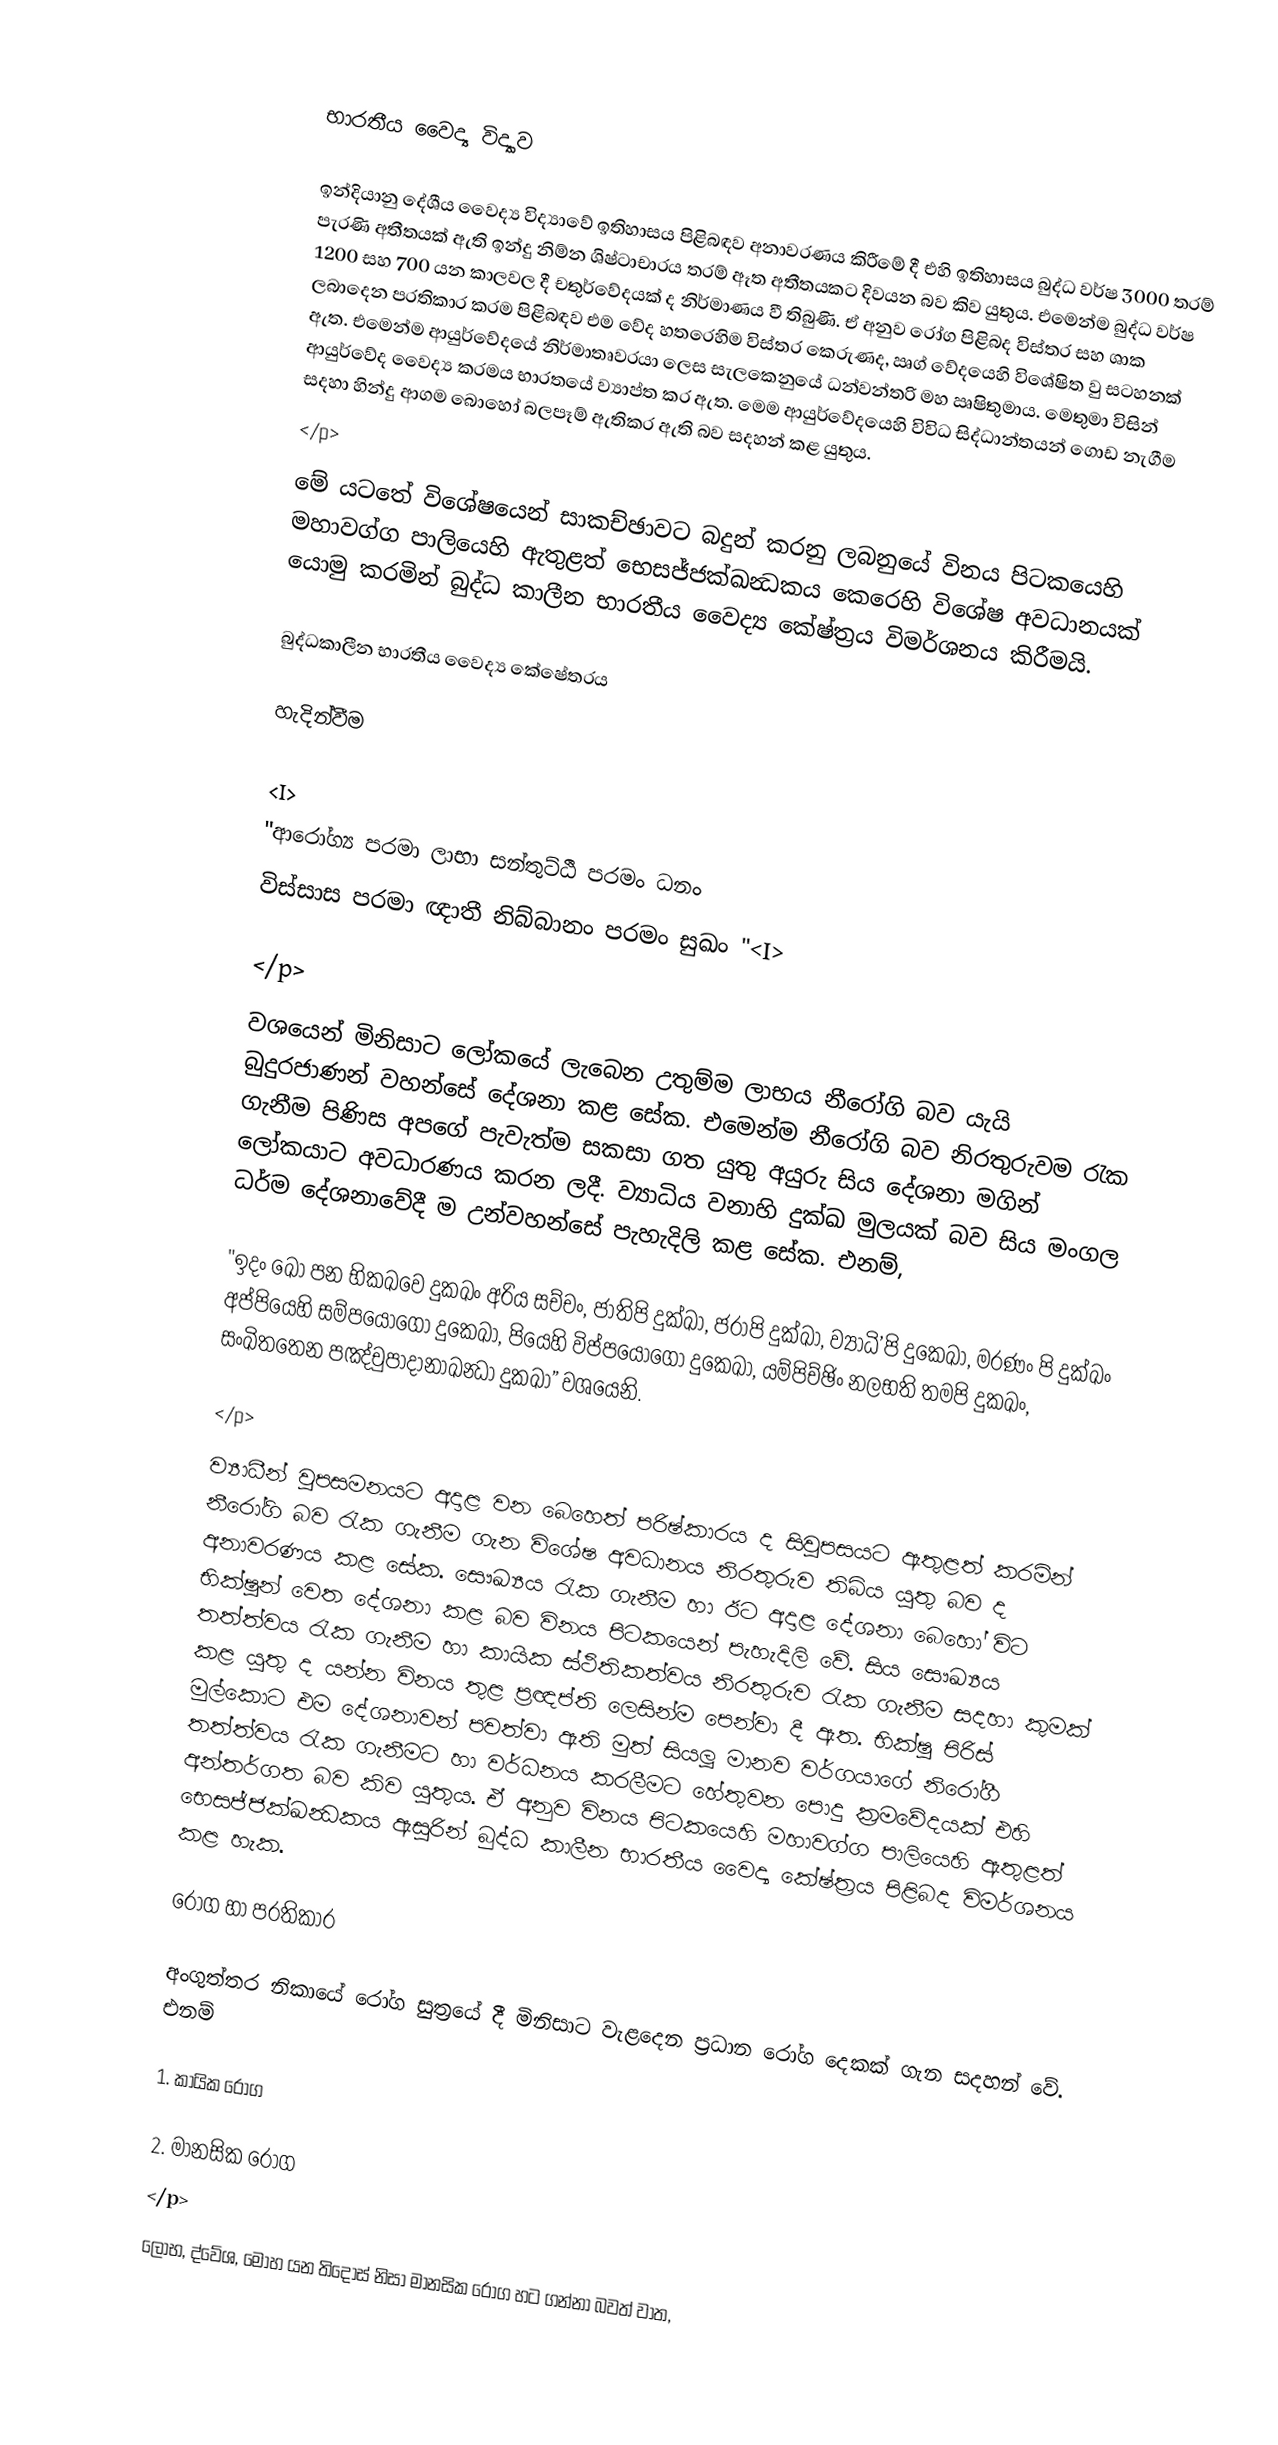

භාරතීය වෛද්‍ය විද්‍යාව

	ඉන්දියානු දේශීය වෛද්‍ය විද්‍යාවේ ඉතිහාසය පිළිබඳව අනාවරණය කිරීමේ දී එහි ඉතිහාසය බුද්ධ වර්ෂ 3000 තරම් පැරණි අතීතයක් ඇති ඉන්දු නිම්න ශිෂ්ටාචාරය තරම් ඈත අතීතයකට දිවයන බව කිව යුතුය. එමෙන්ම බුද්ධ වර්ෂ 1200 සහ 700 යන කාලවල දී චතුර්වේදයක් ද නිර්මාණය වී තිබුණි. ඒ අනුව රෝග පිළිබද විස්තර සහ ශාක ලබාදෙන ප‍්‍රතිකාර ක‍්‍රම පිළිබඳව එම වේද හතරෙහිම විස්තර කෙරුණද, ඍග් වේදයෙහි විශේෂිත වු සටහනක් ඇත. එමෙන්ම ආයුර්වේදයේ නිර්මාතෘවරයා ලෙස සැලකෙනුයේ ධන්වන්තරි මහ ඍෂිතුමාය. මෙතුමා විසින් ආයුර්වේද වෛද්‍ය ක‍්‍රමය භාරතයේ ව්‍යාප්ත කර ඇත. මෙම ආයුර්වේදයෙහි විවිධ සිද්ධාන්තයන් ගොඩ නැගීම සදහා හින්දු ආගම බොහෝ බලපෑම් ඇතිකර ඇති බව සදහන් කළ යුතුය.
</p>
	මේ යටතේ විශේෂයෙන් සාකච්ඡාවට බදුන් කරනු ලබනුයේ විනය පිටකයෙහි මහාවග්ග පාලියෙහි ඇතුළත් භෙසජ්ජක්‍ඛන්‍ධකය කෙරෙහි විශේෂ අවධානයක් යොමු කරමින් බුද්ධ කාලීන භාරතීය වෛද්‍ය කේෂ්ත‍්‍රය විමර්ශනය කිරීමයි.

බුද්ධකාලීන භාරතීය වෛද්‍ය කේෂේත‍්‍රය

හැදින්වීම

 <I>
			"ආරෝග්‍ය පරමා ලාභා සන්තුට්ඨී පරමං ධනං
			 විස්සාස පරමා ඥාතී නිබ්බානං පරමං සුඛං "<I>

</p>
	වශයෙන් මිනිසාට ලෝකයේ ලැබෙන උතුම්ම ලාභය නීරෝගි බව යැයි බුදුරජාණන් වහන්සේ දේශනා කළ සේක. එමෙන්ම නීරෝගි බව නිරතුරුවම රැක ගැනීම පිණිස අපගේ පැවැත්ම සකසා ගත යුතු අයුරු සිය දේශනා මගින් ලෝකයාට අවධාරණය කරන ලදී. ව්‍යාධිය වනාහි දුක්ඛ මුලයක් බව සිය මංගල ධර්ම දේශනාවේදී ම උන්වහන්සේ පැහැදිලි කළ සේක. එනම්,

	"ඉදං ඛො පන භිකඛවෙ දුකඛං අරිය සච්චං, ජාතිපි දුක්ඛා, ජරාපි දුක්ඛා, ව්‍යාධි’පි දුකෙඛා, මරණං පි දුක්ඛං අප්පියෙහි සම්පයොගො දුකෙඛා, පියෙහි විප්පයොගො දුකෙඛා, යම්පිච්ඡිං නලභති තමපි දුකඛං, සංඛිතතෙන පඤ්චුපාදානාඛන්‍ධා දුකඛා”  වශයෙනි.

</p>
	ව්‍යාධීන් වුපසමනයට අදාළ වන බෙහෙත් පරිෂ්කාරය ද සිවුපසයට ඇතුළත් කරමින් නීරෝගි බව රැක ගැනීම ගැන විශේෂ අවධානය නිරතුරුව තිබිය යුතු බව ද අනාවරණය කළ සේක. සෞඛ්‍යය රැක ගැනීම හා ඊට අදාළ දේශනා බෙහෝ විට භික්ෂුන් වෙත දේශනා කළ බව විනය පිටකයෙන් පැහැදිලි වේ. සිය සෞඛ්‍යය තත්ත්වය රැක ගැනීම හා කායික ස්ථිතිකත්වය නිරතුරුව රැක ගැනීම සදහා කුමක් කළ යුතු ද යන්න විනය තුළ ප‍්‍රඥප්ති ලෙසින්ම පෙන්වා දී ඇත. භික්ෂු පිරිස් මුල්කොට එම දේශනාවන්  පවත්වා ඇති මුත් සියලූ මානව වර්ගයාගේ නිරෝගී තත්ත්වය රැක ගැනීමට හා වර්ධනය කරලීමට හේතුවන පොදු ක‍්‍රමවේදයක් එහි අන්තර්ගත බව කිව යුතුය. ඒ අනුව විනය පිටකයෙහි මහාවග්ග පාලියෙහි ඇතුළත් භෙසජ්ජක්‍ඛන්‍ධකය ඇසුරින් බුද්ධ කාලීන භාරතීය වෛද්‍ය කේෂ්ත‍්‍රය පිළිබද විමර්ශනය කළ හැක.

රෝග හා ප‍්‍රතිකාර

	අංගුත්තර නිකායේ රෝග සුත‍්‍රයේ දී මිනිසාට වැළදෙන ප‍්‍රධාන රෝග දෙකක් ගැන සදහන් වේ. එනම්

	   1. කායික රෝග

	   2.  මානසික රෝග
</p>
	ලෝභ, ද්වේශ, මෝහ යන තිදොස් නිසා මානසික රෝග හට ගන්නා බවත් වාත,